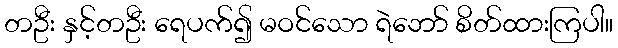
တဦး နှင့်တဦး ရေပက်၍ မဝင်သော ရဲဘော် စိတ်ထားကြပါ။